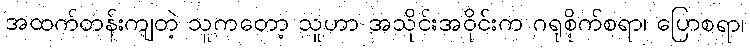
အထက်တန်းကျတဲ့ သူကတော့ သူဟာ အသိုင်းအဝိုင်းက ဂရုစိုက်စရာ၊ ပြောစရာ၊